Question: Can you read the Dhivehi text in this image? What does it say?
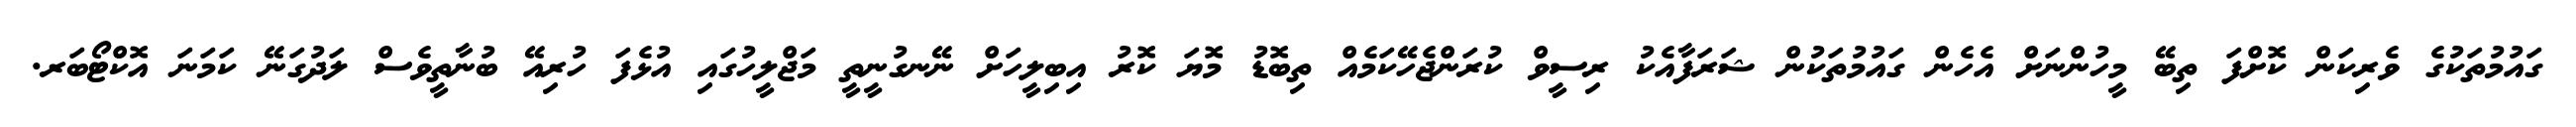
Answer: ގައުމުތަކުގެ ވެރިކަން ކޮށްފަ ތިބޭ މީހުންނަށް އެހެން ގައުމުތަކުން ޝަރަފާއެކު ރިސީވް ކުރަންޖެހޭކަމެއް ތިބޮޑު މޮޔަ ކޮރު އިބިލީހަށް ނޭނގުނީތީ މަޖްލީހުގައި އުޅެފަ ހުރިއޭ ބުނާތީވެސް ލަދުގަނޭ ކަމަނަ އޮކްޓޯބަރ.